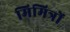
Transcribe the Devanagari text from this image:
मिमित्रों